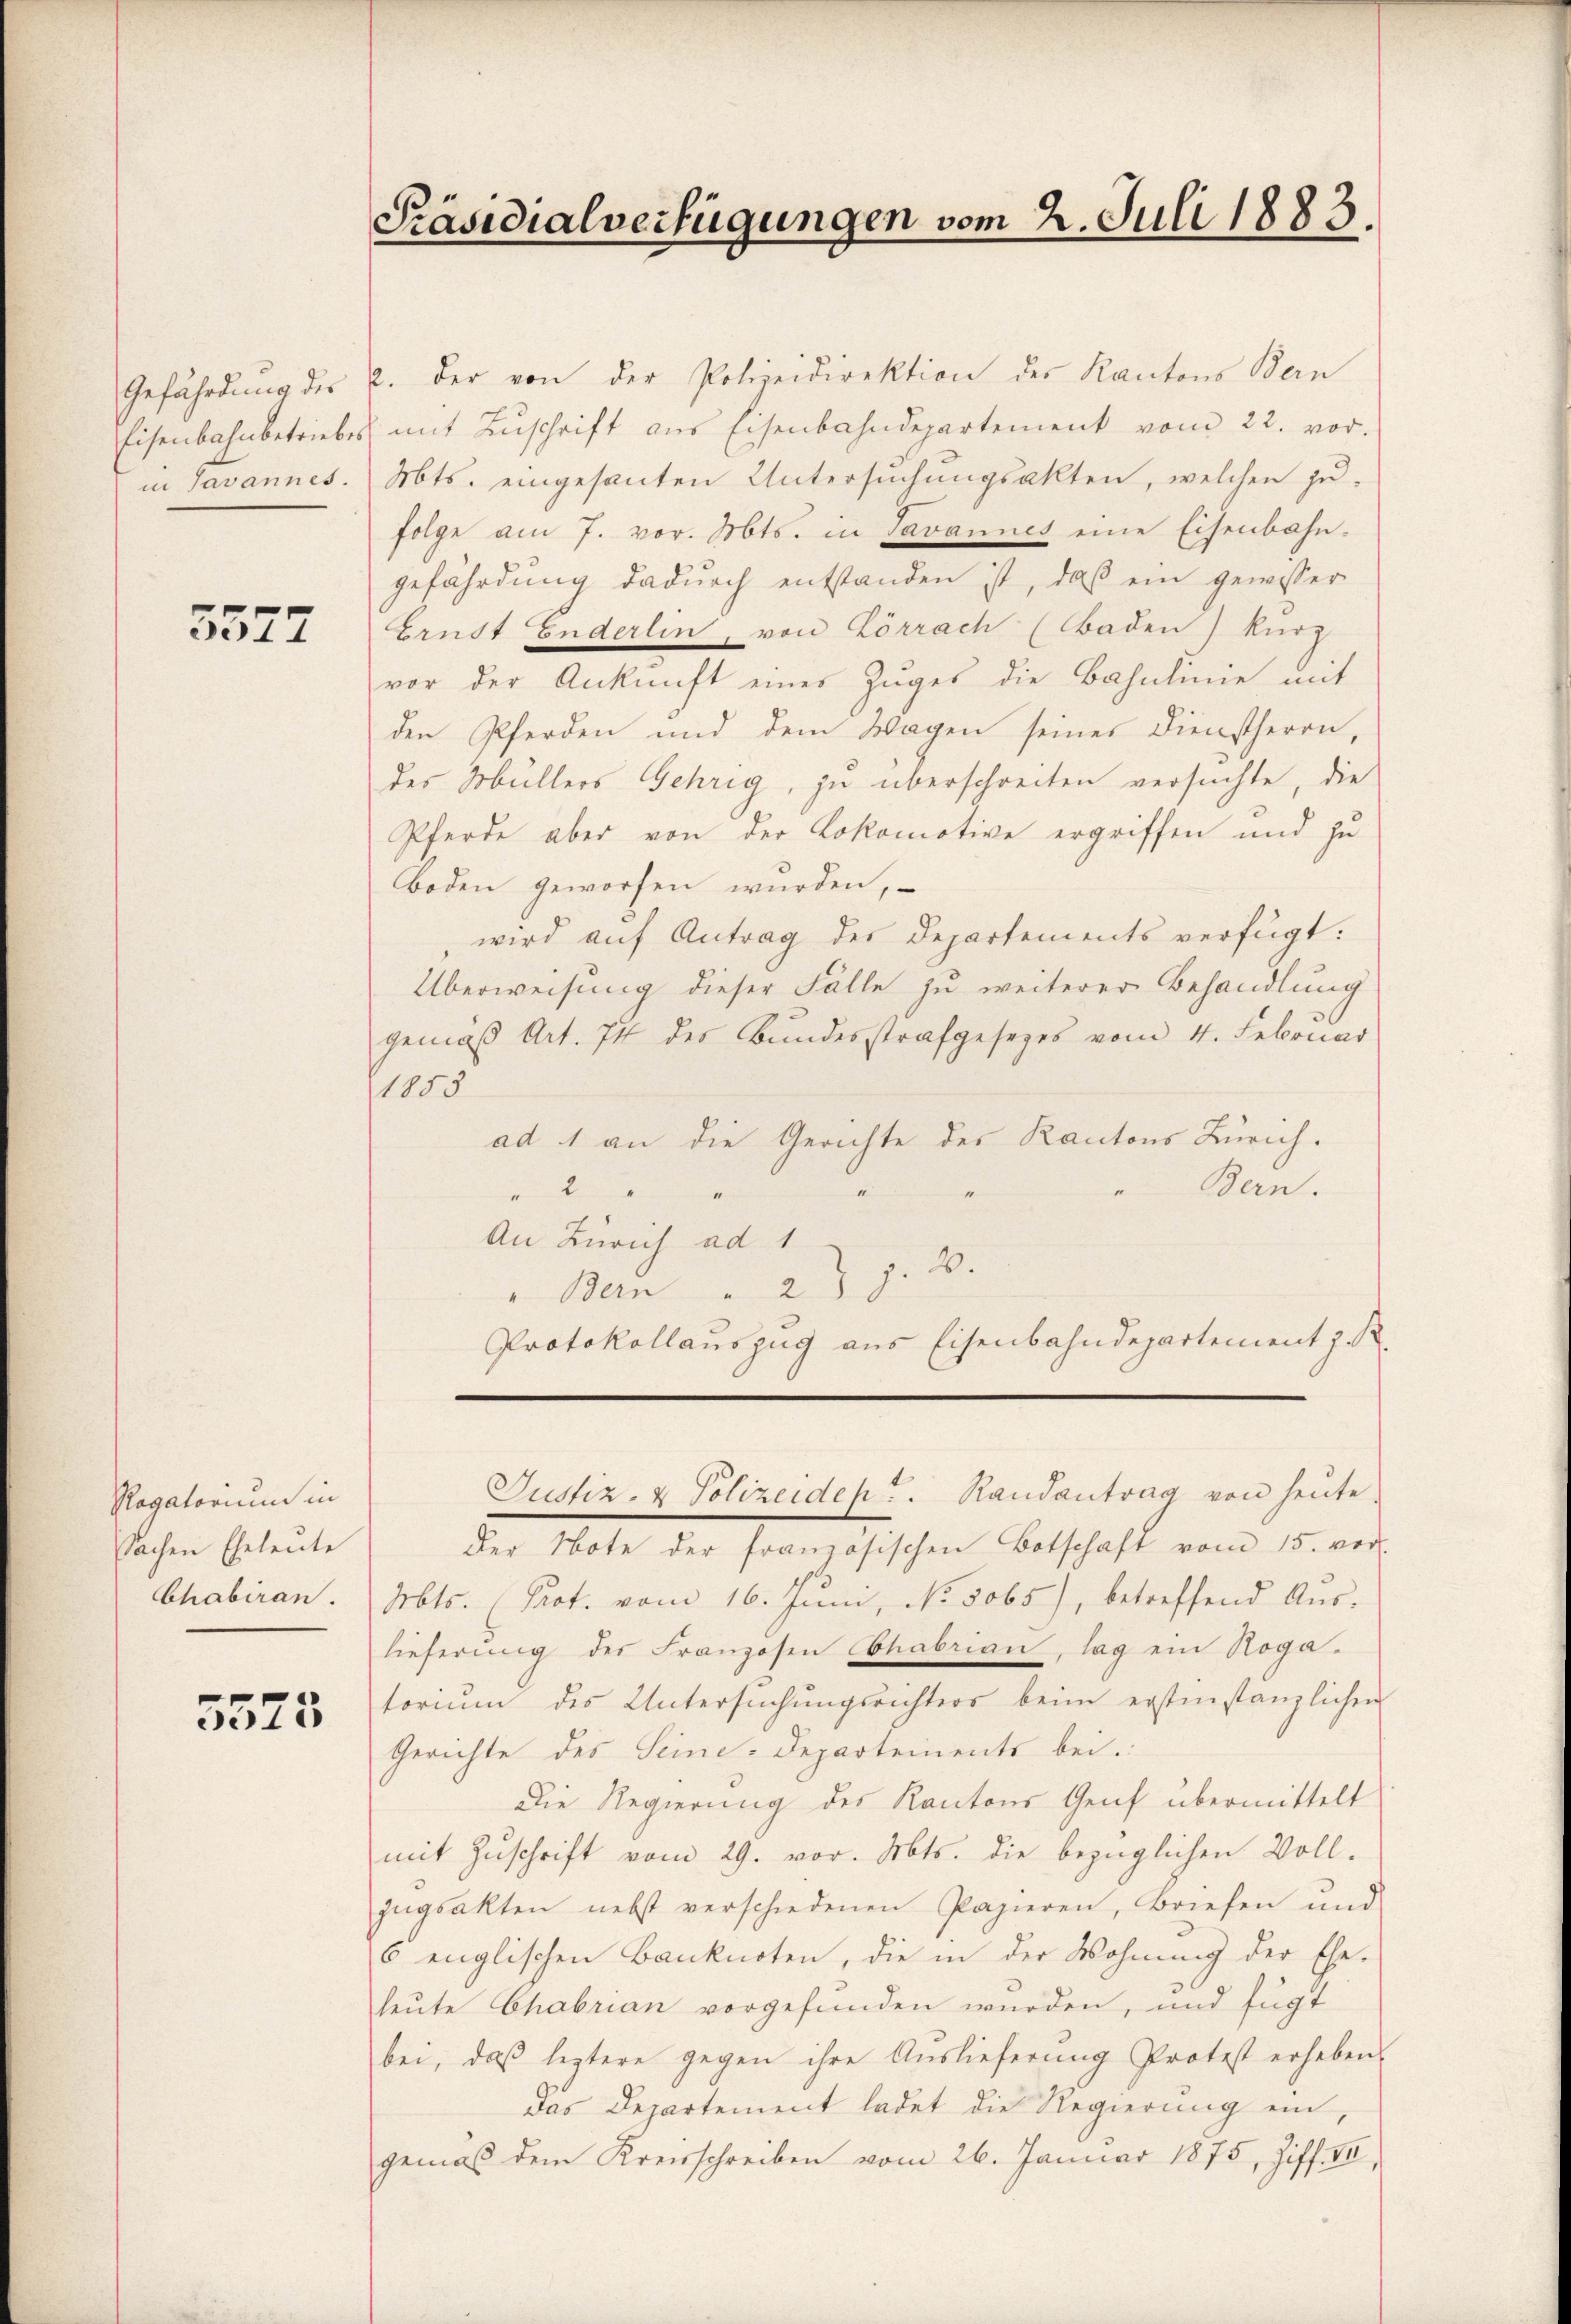
Gefährdung die
in Savannes.

3577

Ragatorium in
Sachen Eheleute
Chabiran.

5525

Präsidialverfügungen vom 2. Juli 1883.

2. Der von der Polizeidirektion des Kantons Bern
Eisenbahnbetriebes mit Zŭschrift aus Eisenbahndepartement vom 22. vor.
Mts. eingesanten Untersuchungsakten, welchen zufolge am 7. vor. Mts. in Tavannes eine Eisenbahn-
gefährdung dadurch entstanden ist, daβ ein gewisser
Ernst Enderlin, von Lörrach (Baden kurz
vor der Ankunft eines Zuges die Bahnlinie mit
den Pferden und dem Wagen seines Dienstherrn,
des Müllers Gehrig, zu überschreiten versuchte, die
Pferde aber von der Lokomotive ergriffen und zu
Boden geworfen würden,
wird auf Antrag der Departements verfügt:
Überweisung dieser Fälle zu weiterer Behandlung
gemäß Art. 74 des Bundesstrafgesezes vom 4. Februar
1855
ad 1 an die Gerichte des Kantons Zürich.
Bern.
.
An Zürich ad 1
" Bern " 2 p. 2.
Protokollauszug aus Eisenbahndepartement z. R.

Justiz- & Polizeiden u. Randantrag von heŭte.

Der Note der französischen Botschaft vom 15. vor
Mts. (Prot. vom 16. Jŭni, No. 5065), betreffend Aŭs-
lieferung des Franzosen Chabrian, lag ein Rogatorium des Untersuchungsrichters beim erstinstanzlichen
Gerichte des Seine-Departements bei.
Die Regierung des Kantons Genf übermittelt
mit Zŭschrift vom 29. vor. Mts. die bezüglichen Voll-
zŭgsakten nebst verschiedenen Papieren, Briefen und
6 englischen Banknoten, die in der Wohnung der Ehe-
leute Chabrian vorgefunden wurden, und fügt
bei, daß leztere gegen ihre Auslieferung Protest erheben
Das Departement ladet die Regierŭng ein
gemäß dem Kreisschreiben vom 26. Januar 1875, Ziff. III